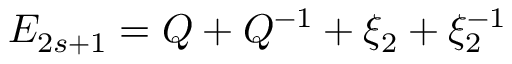
E _ { 2 s + 1 } = Q + Q ^ { - 1 } + \xi _ { 2 } + \xi _ { 2 } ^ { - 1 }